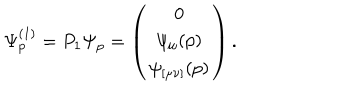
\Psi _ { p } ^ { ( 1 ) } = P _ { 1 } \Psi _ { p } = \left( \begin{array} { c } { { 0 } } \\ { { \psi _ { \mu } ( p ) } } \\ { { \psi _ { [ \mu \nu ] } ( p ) } } \\ \end{array} \right) .